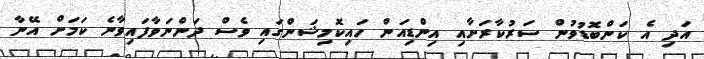
އަދި އެ ކަންބޮޑުވުން ސަރުކާރަށާއި އިންޑިއަން ހައިކޮމިޝަންގައި ވެސް ދަންނަވާފައިވާނެ ކަމަށް އޭނާ